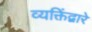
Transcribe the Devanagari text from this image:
व्यक्तिंद्वारे